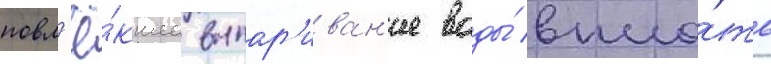
повл'ё́кшее выпар'иван'ие воды́ впло́ть